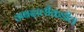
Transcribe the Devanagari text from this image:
अबदालीकडील